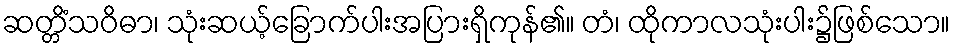
ဆတ္တိံသဝိဓာ၊ သုံးဆယ့်ခြောက်ပါးအပြားရှိကုန်၏။ တံ၊ ထိုကာလသုံးပါး၌ဖြစ်သော။